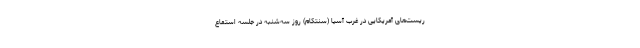
ریست‌های آمریکایی در غرب آسیا (سنتکام) روز سه‌شنبه در جلسه استماع